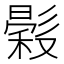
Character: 𢒳